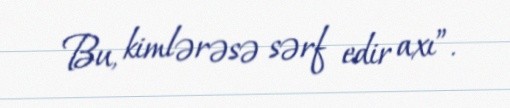
Bu, kimlərəsə sərf edir axı”.